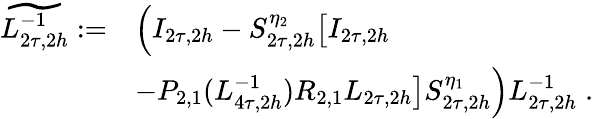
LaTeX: \begin{array}{rl}{\widetilde{L_{2\tau,2h}^{-1}}:=}&{\left(I_{2\tau,2h}-S_{2\tau,2h}^{\eta_{2}}\big[I_{2\tau,2h}\right.}\\ &{\left.-P_{2,1}(L_{4\tau,2h}^{-1})R_{2,1}L_{2\tau,2h}\big]S_{2\tau,2h}^{\eta_{1}}\right)L_{2\tau,2h}^{-1}\; .}\end{array}